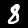
Digit: 8